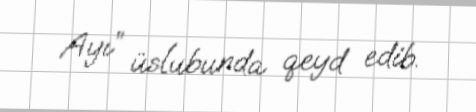
Ayı” üslubunda qeyd edib.